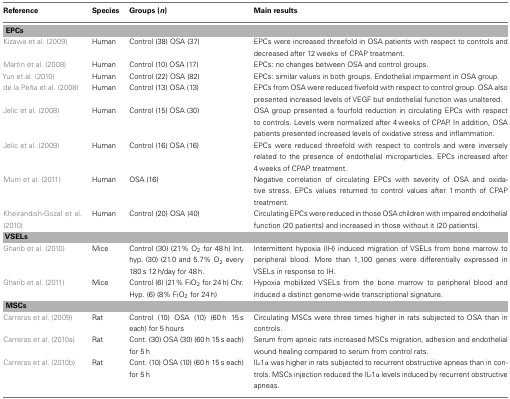
<table><thead><tr><td><b>Reference</b></td><td><b>Species</b></td><td><b>Groups (<i>n</i>)</b></td><td><b>Main results</b></td></tr></thead><tbody><tr><td colspan="4"><b>EPCs</b></td></tr><tr><td>Kizawa et al. (2009)</td><td>Human</td><td>Control (38) OSA (37)</td><td>EPCs were increased threefold in OSA patients with respect to controls and decreased after 12 weeks of CPAP treatment.</td></tr><tr><td>Martin et al. (2008)</td><td>Human</td><td>Control (10) OSA (17)</td><td>EPCs: no changes between OSA and control groups.</td></tr><tr><td>Yun et al. (2010)</td><td>Human</td><td>Control (22) OSA (82)</td><td>EPCs: similar values in both groups. Endothelial impairment in OSA group.</td></tr><tr><td>de la Peña et al. (2008)</td><td>Human</td><td>Control (13) OSA (13)</td><td>EPCs from OSA were reduced fivefold with respect to control group. OSA also presented increased levels of VEGF but endothelial function was unaltered.</td></tr><tr><td>Jelic et al. (2008)</td><td>Human</td><td>Control (15) OSA (30)</td><td>OSA group presented a fourfold reduction in circulating EPCs with respect to controls. Levels were normalized after 4 weeks of CPAP. In addition, OSA patients presented increased levels of oxidative stress and inflammation.</td></tr><tr><td>Jelic et al. (2009)</td><td>Human</td><td>Control (16) OSA (16)</td><td>EPCs were reduced threefold with respect to controls and were inversely related to the presence of endothelial microparticles. EPCs increased after 4 weeks of CPAP treatment.</td></tr><tr><td>Murri et al. (2011)</td><td>Human</td><td>OSA (16)</td><td>Negative correlation of circulating EPCs with severity of OSA and oxidative stress. EPCs values returned to control values after 1 month of CPAP treatment.</td></tr><tr><td>Kheirandish-Gozal et al. (2010)</td><td>Human</td><td>Control (20) OSA (40)</td><td>Circulating EPCs were reduced in those OSA children with impaired endothelial function (20 patients) and increased in those without it (20 patients).</td></tr><tr><td colspan="4"><b>VSELs</b></td></tr><tr><td>Gharib et al. (2010)</td><td>Mice</td><td>Control (30) (21% O<sub>2</sub> for 48 h) Int. hyp. (30) (21.0 and 5.7% O<sub>2</sub> every 180 s 12 h/day for 48 h.</td><td>Intermittent hypoxia (IH) induced migration of VSELs from bone marrow to peripheral blood. More than 1,100 genes were differentially expressed in VSELs in response to IH.</td></tr><tr><td>Gharib et al. (2011)</td><td>Mice</td><td>Control (6) (21% FiO<sub>2</sub> for 24 h) Chr. Hyp. (6) (8% FiO<sub>2</sub> for 24 h)</td><td>Hypoxia mobilized VSELs from the bone marrow to peripheral blood and induced a distinct genome-wide transcriptional signature.</td></tr><tr><td colspan="4"><b>MSCs</b></td></tr><tr><td>Carreras et al. (2009)</td><td>Rat</td><td>Control (10) OSA (10) (60 h 15 s each) for 5 hours</td><td>Circulating MSCs were three times higher in rats subjected to OSA than in controls.</td></tr><tr><td>Carreras et al. (2010a)</td><td>Rat</td><td>Cont. (30) OSA (30) (60 h 15 s each) for 5 h</td><td>Serum from apneic rats increased MSCs migration, adhesion and endothelial wound healing compared to serum from control rats.</td></tr><tr><td>Carreras et al. (2010b)</td><td>Rat</td><td>Cont. (10) OSA (10) (60 h 15 s each) for 5 h</td><td>IL-1α was higher in rats subjected to recurrent obstructive apneas than in controls. MSCs injection reduced the IL-1α levels induced by recurrent obstructive apneas.</td></tr></tbody></table>